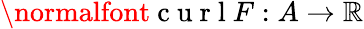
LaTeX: \normalfont\mathrm{~c~u~r~l~}F:A\rightarrow\mathbb{R}